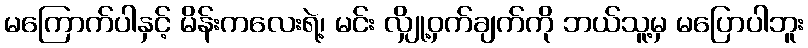
မကြောက်ပါနှင့် မိန်းကလေးရဲ့၊ မင်း လျှို့ဝှက်ချက်ကို ဘယ်သူ့မှ မပြောပါဘူး